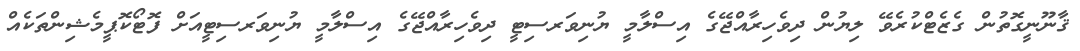
ޤާނޫނީގޮތުން ގެޒެޓްކުރެވޭ ލިޔުން ދިވެހިރާއްޖޭގެ އިސްލާމީ ޔުނިވަރސިޓީ ދިވެހިރާއްޖޭގެ އިސްލާމީ ޔުނިވަރސިޓީއަށް ފޮޓޯކޮޕީމެޝިންތަކެއް